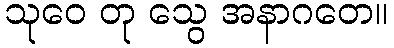
သုဝေ တု သွေ အနာဂတေ။